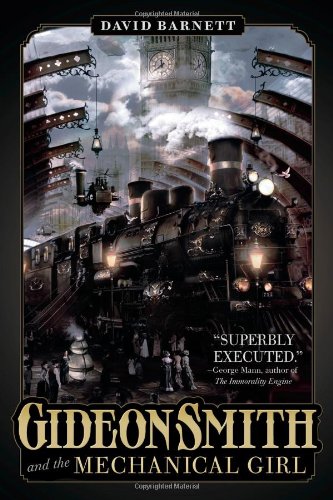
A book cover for Gideon Smith and the Mechanical Girl; David Barnett; Science Fiction & Fantasy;